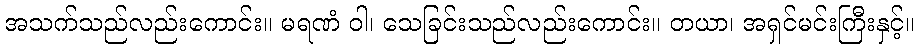
အသက်သည်လည်းကောင်း။ မရဏံ ဝါ၊ သေခြင်းသည်လည်းကောင်း။ တယာ၊ အရှင်မင်းကြီးနှင့်။